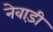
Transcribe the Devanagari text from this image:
नेवाड़ी